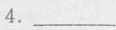
4.___